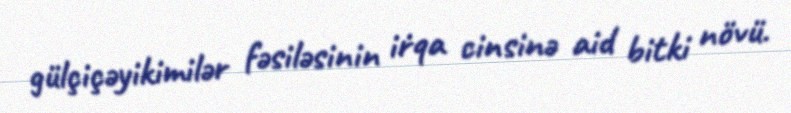
gülçiçəyikimilər fəsiləsinin i̇rqa cinsinə aid bitki növü.